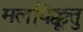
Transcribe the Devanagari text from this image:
मलयिक्कूत्तु